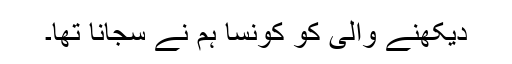
دیکھنے والی کو کونسا ہم نے سجانا تھا۔